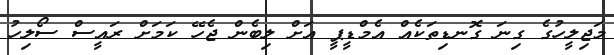
މަޖިލީހުގެ ގިނަ ގޮނޑިތަކެއް އެމްޑީޕީ އަށް ލިބެން ޖެހޭ ކަމަށް ރައީސް ސޯލިހު